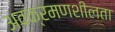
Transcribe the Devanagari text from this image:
अवक्रमणशीलता